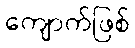
ကျောက်ဖြစ်